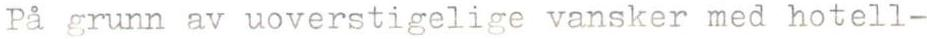
På grunn av uoverstigelige vansker med hotell-